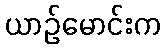
ယာဉ်မောင်းက